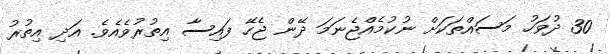
30 ދުވަހު މަސައްތަކަށް ނުކުމެއްޖެނަމަ ދޭން ޖެހޭ ފައިސާ އިތުރުވެއެވެ. އަދި އިތުރު